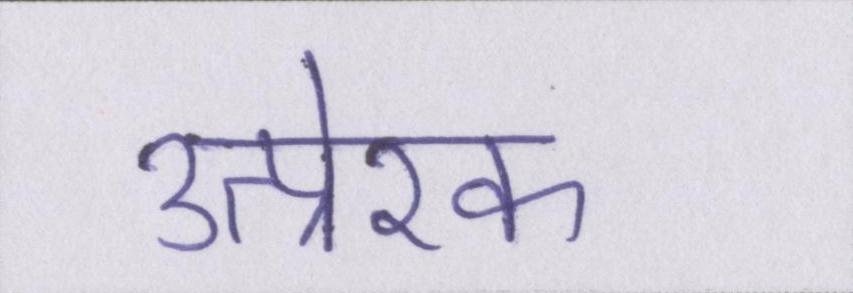
उत्प्रेरक